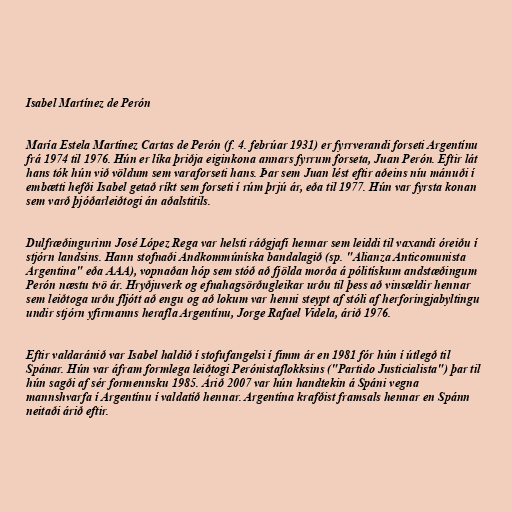
Isabel Martínez de Perón

María Estela Martínez Cartas de Perón (f. 4. febrúar 1931) er fyrrverandi forseti Argentínu
frá 1974 til 1976. Hún er líka þriðja eiginkona annars fyrrum forseta, Juan Perón. Eftir lát
hans tók hún við völdum sem varaforseti hans. Þar sem Juan lést eftir aðeins níu mánuði í
embætti hefði Isabel getað ríkt sem forseti í rúm þrjú ár, eða til 1977. Hún var fyrsta konan
sem varð þjóðarleiðtogi án aðalstitils.

Dulfræðingurinn José López Rega var helsti ráðgjafi hennar sem leiddi til vaxandi óreiðu í
stjórn landsins. Hann stofnaði Andkommúníska bandalagið (sp. "Alianza Anticomunista
Argentina" eða AAA), vopnaðan hóp sem stóð að fjölda morða á pólitískum andstæðingum
Perón næstu tvö ár. Hryðjuverk og efnahagsörðugleikar urðu til þess að vinsældir hennar
sem leiðtoga urðu fljótt að engu og að lokum var henni steypt af stóli af herforingjabyltingu
undir stjórn yfirmanns herafla Argentínu, Jorge Rafael Videla, árið 1976.

Eftir valdaránið var Isabel haldið í stofufangelsi í fimm ár en 1981 fór hún í útlegð til
Spánar. Hún var áfram formlega leiðtogi Perónistaflokksins ("Partido Justicialista") þar til
hún sagði af sér formennsku 1985. Árið 2007 var hún handtekin á Spáni vegna
mannshvarfa í Argentínu í valdatíð hennar. Argentína krafðist framsals hennar en Spánn
neitaði árið eftir.